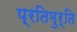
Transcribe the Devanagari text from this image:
प्रतिमुर्ति